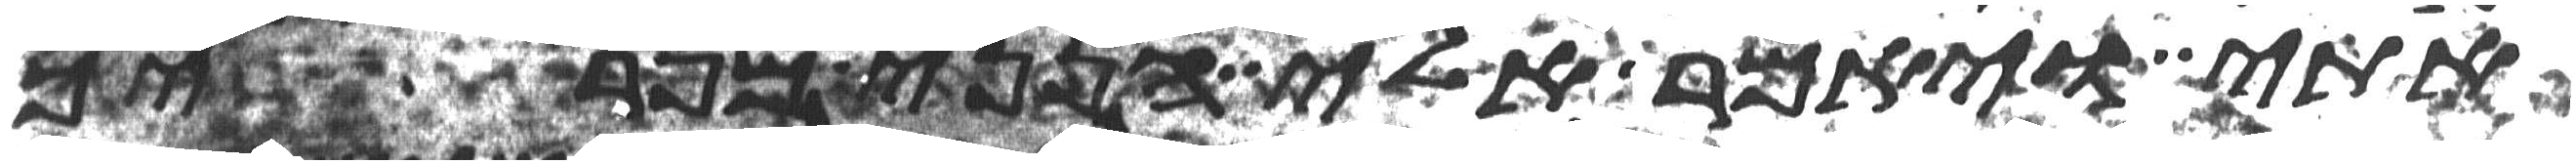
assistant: אתי ויאמר אלי הנני מפריך